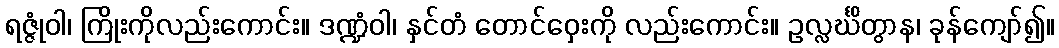
ရဇ္ဇုံဝါ၊ ကြိုးကိုလည်းကောင်း။ ဒဏ္ဍံဝါ၊ နှင်တံ တောင်ဝှေးကို လည်းကောင်း။ ဥလ္လင်္ဃိတွာန၊ ခုန်ကျော်၍။